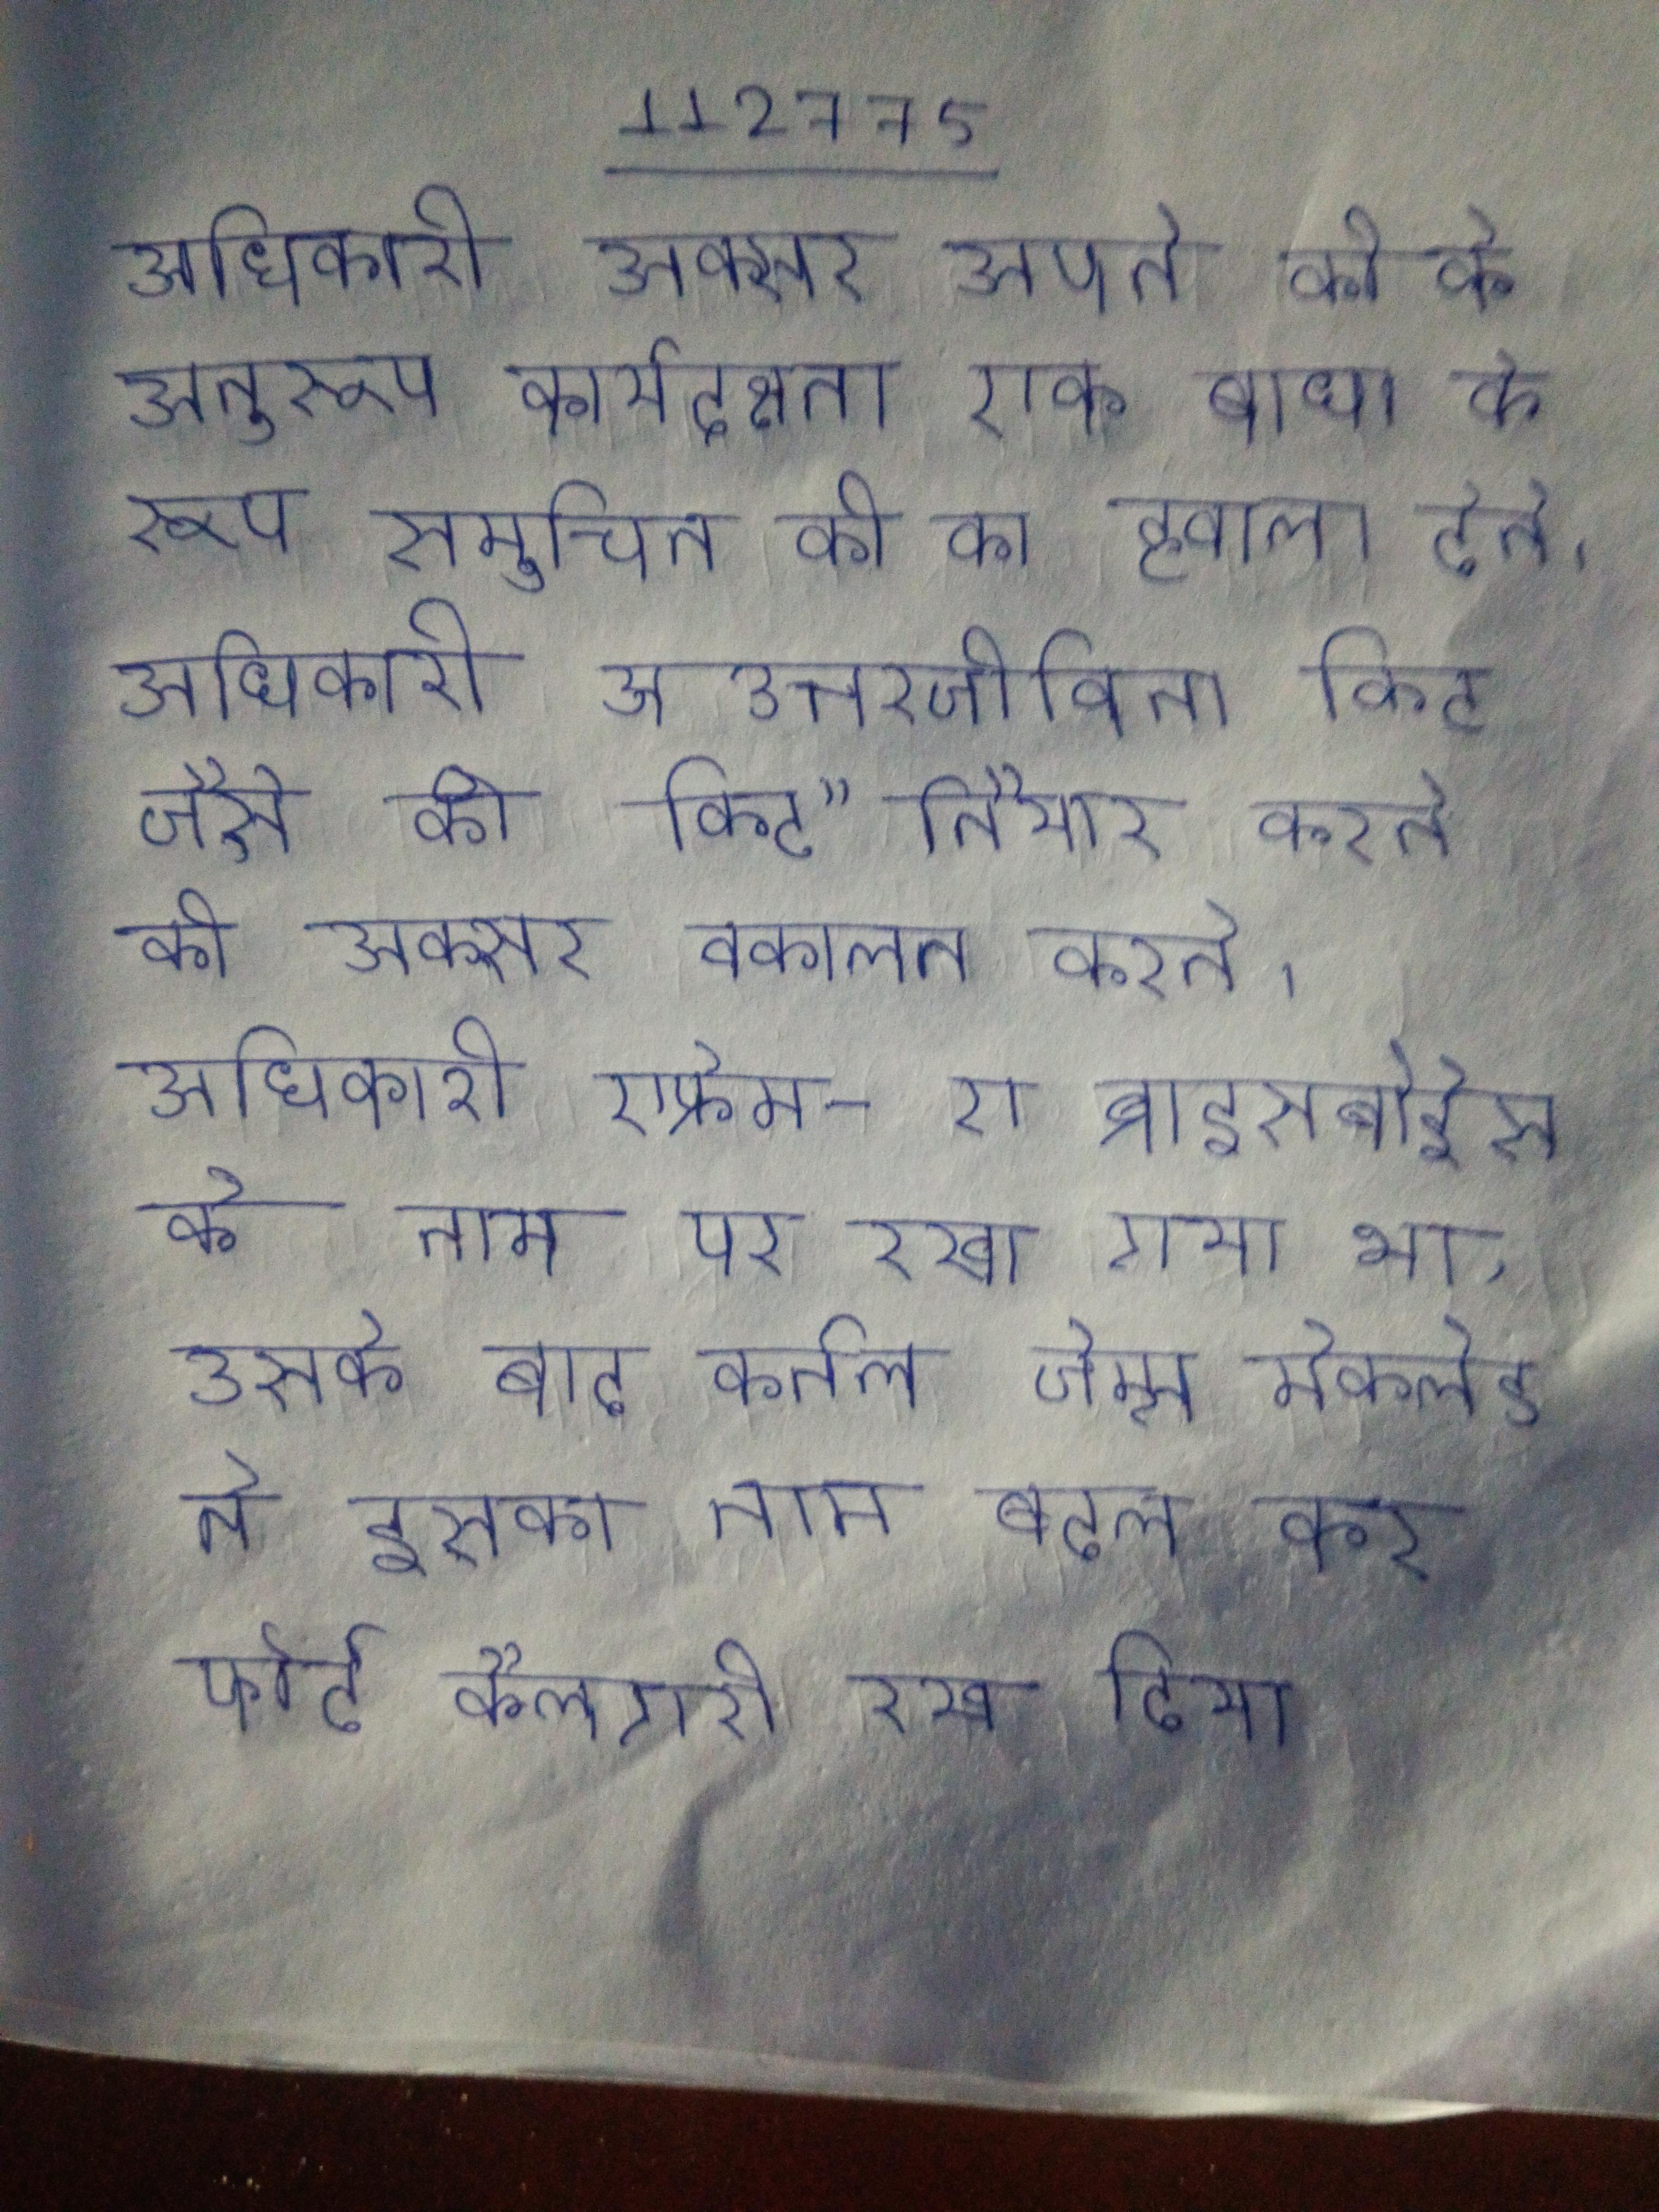
अधिकारी अक्सर अपने की के अनुरूप कार्यदक्षता एक बाधा के रूप समुचित की का हवाला देते । अधिकारी उत्तरजीविता किट जैसे की किट" तैयार करने की अक्सर वकालत करते । अधिकारी एफ्रेम-ए ब्राइसबोईस के नाम पर रखा गया था, उसके बाद कर्नल जेम्स मेकलेड ने इसका नाम बदल कर फोर्ट कैलगरी रख दिया ।